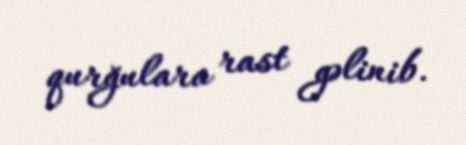
qurğulara rast gəlinib.